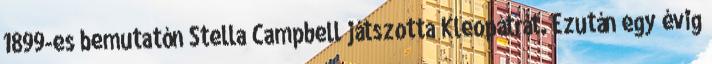
1899-es bemutatón Stella Campbell játszotta Kleopátrát. Ezután egy évig